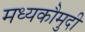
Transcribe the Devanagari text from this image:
मध्यकौमुदी